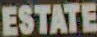
ESTATE